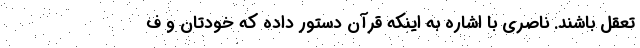
تعقل باشند. ناصری با اشاره به اینکه قرآن دستور داده که خودتان و ف